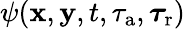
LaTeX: \psi(\mathbf{x},\mathbf{y},t,\tau_{\mathrm{a}},\boldsymbol\tau_{\mathrm r})